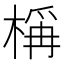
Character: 𬃣